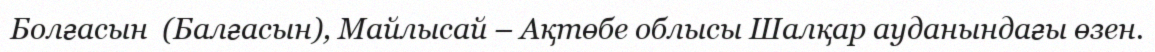
Болғасын  (Балғасын), Майлысай – Ақтөбе облысы Шалқар ауданындағы өзен.